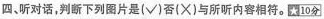
四、听对话，判断下列图片是(√)否(×)与所听内容相符。\boxed{☆10分}